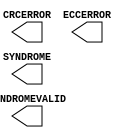
// $Header: /devl/xcs/repo/env/Databases/CAEInterfaces/xec_libs/data/unisims/FRAME_ECC_VIRTEX5.v,v 1.1 2007/05/02 17:30:06 vandanad Exp $
///////////////////////////////////////////////////////////////////////////////
// Copyright (c) 1995/2006 Xilinx, Inc.
// All Right Reserved.
///////////////////////////////////////////////////////////////////////////////
//   ____  ____
//  /   /\/   /
// /___/  \  /    Vendor : Xilinx
// \   \   \/     Version : 8.2i
//  \   \         Description : Xilinx Functional Simulation Library Component
//  /   /
// /___/   /\     Filename : FRAME_ECC_VIRTEX5.v
// \   \  /  \    Timestamp : Wed Jun  7 16:13:41 PDT 2006
//  \___\/\___\
//
// Revision:
//    06/07/06 - Initial version.
// End Revision

`timescale 1 ps / 1 ps 

module FRAME_ECC_VIRTEX5 (
	CRCERROR,
	ECCERROR,
	SYNDROME,
	SYNDROMEVALID
);

    output CRCERROR;
    output ECCERROR;
    output SYNDROMEVALID;
    output [11:0] SYNDROME;
    
endmodule